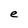
Character: e